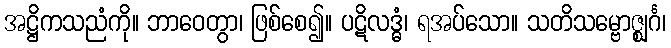
အဋ္ဌိကသညံကို။ ဘာဝေတွာ၊ ဖြစ်စေ၍။ ပဋိလဒ္ဓံ၊ ရအပ်သော။ သတိသမ္ဗောဇ္ဈင်္ဂ၊